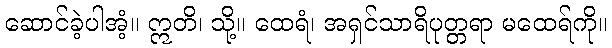
ဆောင်ခဲ့ပါအံ့။ ဣတိ၊ သို့။ ထေရံ၊ အရှင်သာရိပုတ္တရာ မထေရ်ကို။